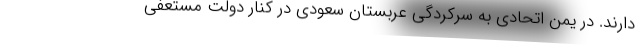
دارند. در یمن اتحادی به سرکردگی عربستان سعودی در کنار دولت مستعفی